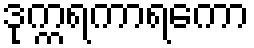
ဒုက္ကရကာရကော